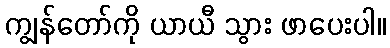
ကျွန်တော်ကို ယာယီ သွား ဖာပေးပါ။